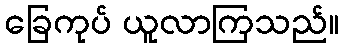
ခြေကုပ် ယူလာကြသည်။